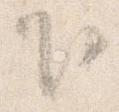
下